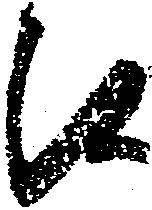
候